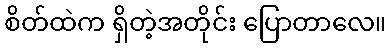
စိတ်ထဲက ရှိတဲ့အတိုင်း ပြောတာလေ။